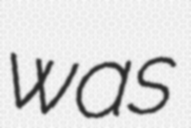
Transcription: was